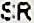
SR